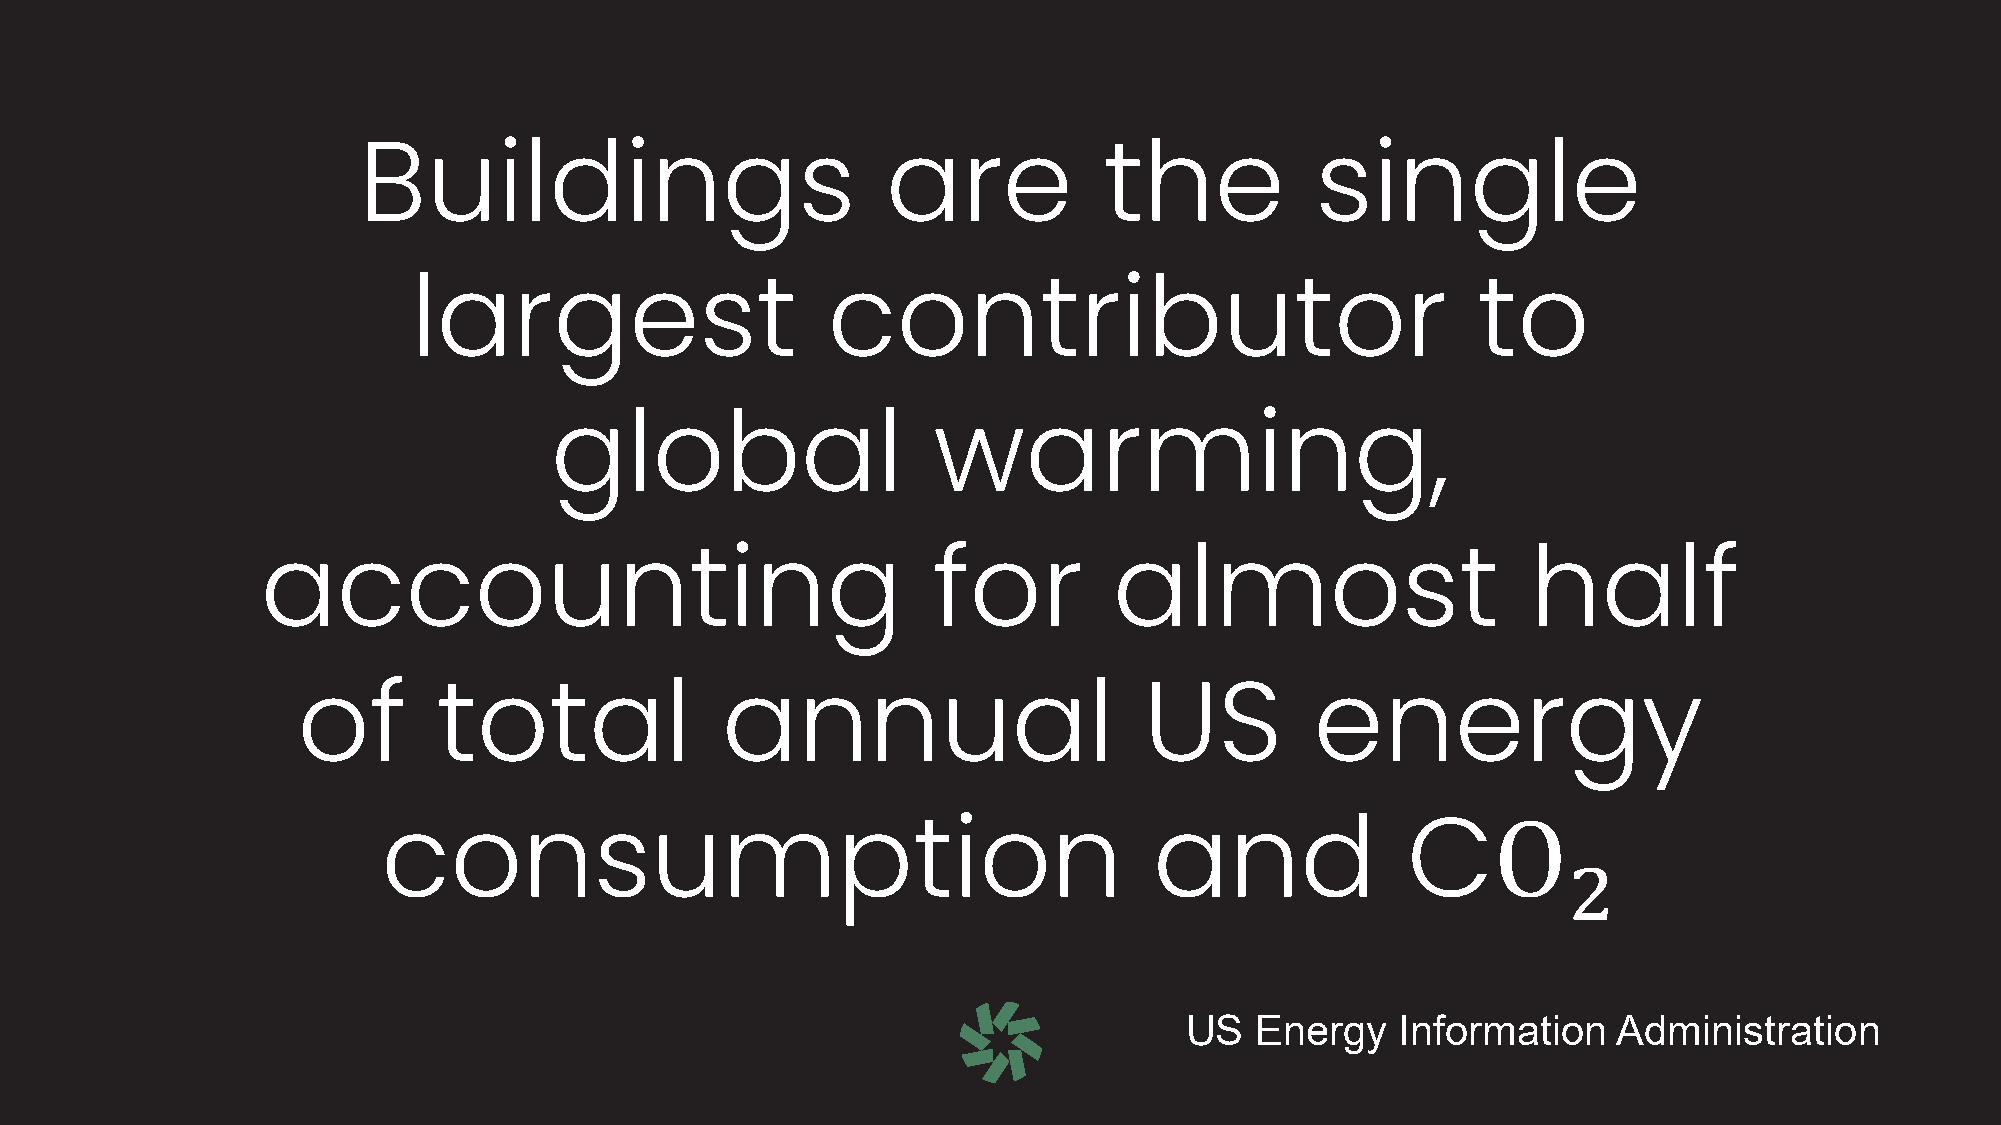
Buildings                          are           the           single
 largest                     contributor                                to
 global                    warming,
 accounting                                   for         almost                     half
 of       total              annual                      US         energy
 consumption                                        and              C
 US   Energy    Information   Administration
 2
 O
 11